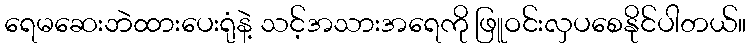
ရေမဆေးဘဲထားပေးရုံနဲ့ သင့်အသားအရေကို ဖြူဝင်းလှပစေနိုင်ပါတယ်။